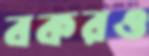
বকরও